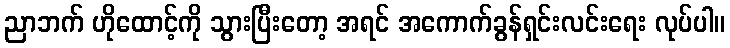
ညာဘက် ဟိုထောင့်ကို သွားပြီးတော့ အရင် အကောက်ခွန်ရှင်းလင်းရေး လုပ်ပါ။